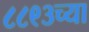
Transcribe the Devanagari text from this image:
८८९३च्या